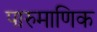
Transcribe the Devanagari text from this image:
पारुमाणिक